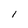
Character: I